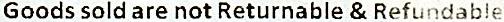
GOODS SOLD ARE NOT RETURNABLE & REFUNDABLE